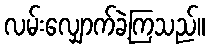
လမ်းလျှောက်ခဲ့ကြသည်။